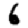
Digit: 6